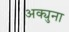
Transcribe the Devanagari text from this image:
अक्युना